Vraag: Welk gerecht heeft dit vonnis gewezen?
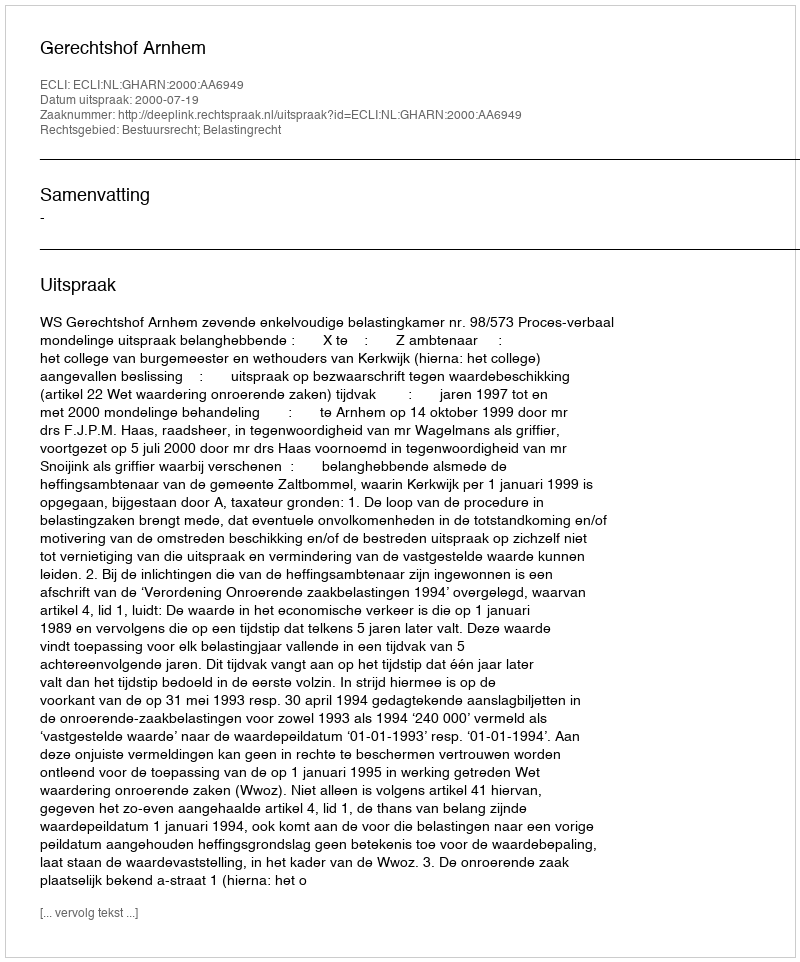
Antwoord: Gerechtshof Arnhem